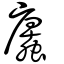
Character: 蠯